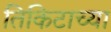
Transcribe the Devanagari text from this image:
तिकिटाच्या